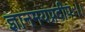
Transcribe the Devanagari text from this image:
ज्ञानमयप्रदीपः।।